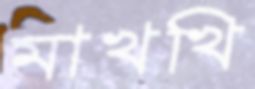
মাখখি